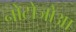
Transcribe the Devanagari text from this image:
नोटोजोआ